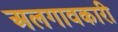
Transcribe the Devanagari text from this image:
अलगावकारी